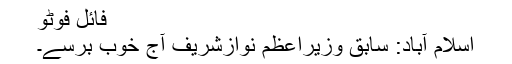
فائل فوٹو
اسلام آباد: سابق وزیراعظم نوازشریف آج خوب برسے۔